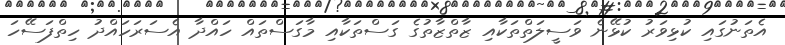
އެތަނުގައި ކުޅިވަރު ކުޅޭނެ ވަސީލަތްތަކާއި ޒާތްޒާތުގެ ގަސްތަކާއި މާގަސްތައް ހައްދާ އެސަރަހައްދު ހިތްފަސޭހަ